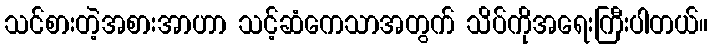
သင်စားတဲ့အစားအာဟာ သင့်ဆံကေသာအတွက် သိပ်ကိုအရေးကြီးပါတယ်။